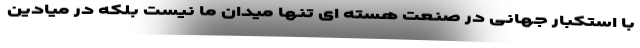
با استکبار جهانی در صنعت هسته ای تنها میدان ما نیست بلکه در میادین